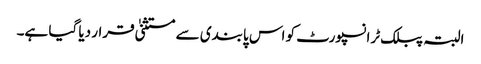
البتہ پبلک ٹرانسپورٹ کو اس پابندی سے مستثنیٰ قرار دیا گیا ہے۔